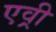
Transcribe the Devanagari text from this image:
एव़्री